Scottish Leaving Certificate Examination, 1956
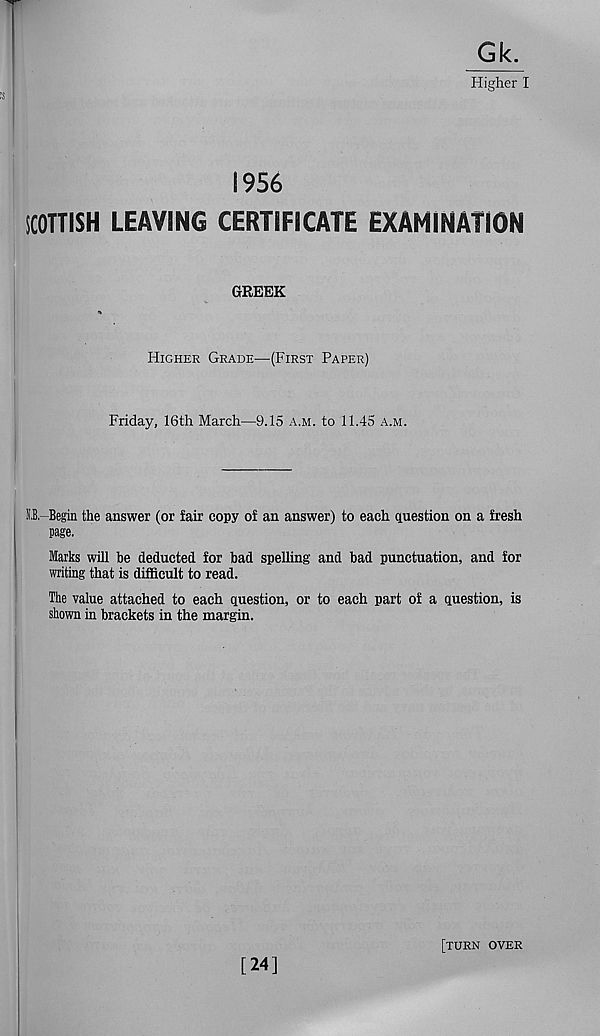
Gk.
Higher I
1956
SCOTTISH LEAVING CERTIFICATE EXAMINATION
GREEK
Higher Grade—(First Paper)
Friday, 16th March—9.15 a.m. to 11.45 a.m.
O.-Begin the answer (or fair copy of an answer) to each question on a fresh
page.
Marks will be deducted for bad spelling and bad punctuation, and for
writing that is difficult to read.
The value attached to each question, or to each part of a question, is
shown in brackets in the margin.
[24]
[turn over